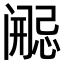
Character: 𫔷